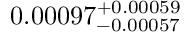
0 . 0 0 0 9 7 _ { - 0 . 0 0 0 5 7 } ^ { + 0 . 0 0 0 5 9 }